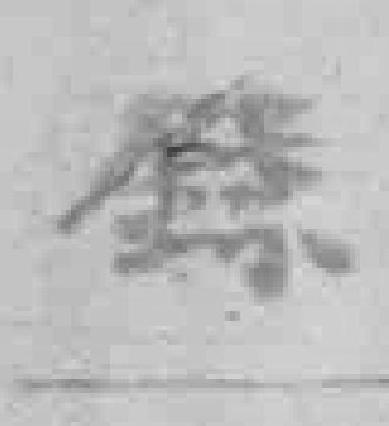
錄